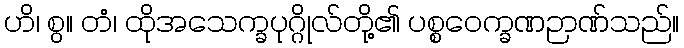
ဟိ၊ စွ။ တံ၊ ထိုအသေက္ခပုဂ္ဂိုလ်တို့၏ ပစ္စဝေက္ခဏဉာဏ်သည်။